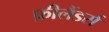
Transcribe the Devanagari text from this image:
फ्रीलैंडर्स